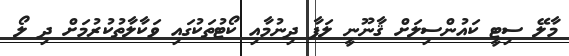
މާލޭ ސިޓީ ކައުންސިލަށް ޤާނޫނީ ލަފާ ދިނުމާއި ކޯޓުތަކުގައި ވަކާލާތުކުރުމަށް ދި ލޯ